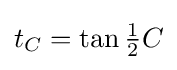
t_{C}=\tan {\tfrac {1}{2}}C